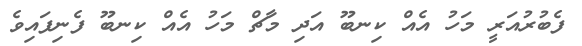
ފެބުރުއަރީ މަހު އެއް ކިނބޫ އަދި މާޗް މަހު އެއް ކިނބޫ ފެނިފައިވެ